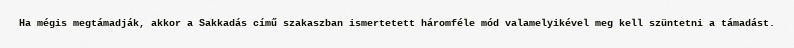
Ha mégis megtámadják, akkor a Sakkadás című szakaszban ismertetett háromféle mód valamelyikével meg kell szüntetni a támadást.